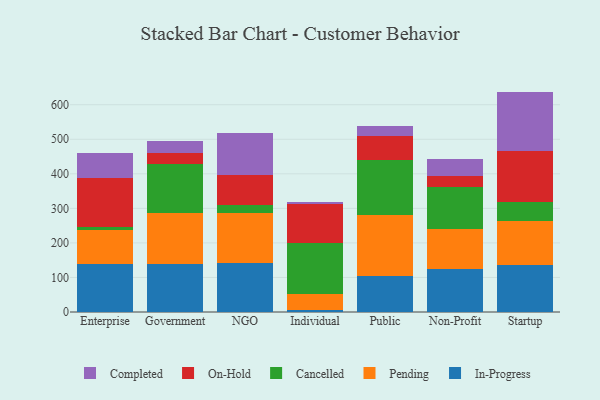
{"axis": {"x": "Segment", "y": "Production Output"}, "legend": ["Cancelled", "Completed", "In-Progress", "On-Hold", "Pending"], "data": [{"x": "Enterprise", "y": 139.3, "type": "In-Progress"}, {"x": "Enterprise", "y": 97.2, "type": "Pending"}, {"x": "Enterprise", "y": 10.2, "type": "Cancelled"}, {"x": "Enterprise", "y": 142.2, "type": "On-Hold"}, {"x": "Enterprise", "y": 71.3, "type": "Completed"}, {"x": "Government", "y": 138.5, "type": "In-Progress"}, {"x": "Government", "y": 148.9, "type": "Pending"}, {"x": "Government", "y": 140.6, "type": "Cancelled"}, {"x": "Government", "y": 32.8, "type": "On-Hold"}, {"x": "Government", "y": 34.3, "type": "Completed"}, {"x": "NGO", "y": 143.0, "type": "In-Progress"}, {"x": "NGO", "y": 143.7, "type": "Pending"}, {"x": "NGO", "y": 21.9, "type": "Cancelled"}, {"x": "NGO", "y": 89.1, "type": "On-Hold"}, {"x": "NGO", "y": 120.2, "type": "Completed"}, {"x": "Individual", "y": 5.7, "type": "In-Progress"}, {"x": "Individual", "y": 47.7, "type": "Pending"}, {"x": "Individual", "y": 146.4, "type": "Cancelled"}, {"x": "Individual", "y": 112.2, "type": "On-Hold"}, {"x": "Individual", "y": 6.8, "type": "Completed"}, {"x": "Public", "y": 103.6, "type": "In-Progress"}, {"x": "Public", "y": 178.6, "type": "Pending"}, {"x": "Public", "y": 158.5, "type": "Cancelled"}, {"x": "Public", "y": 69.6, "type": "On-Hold"}, {"x": "Public", "y": 27.5, "type": "Completed"}, {"x": "Non-Profit", "y": 123.1, "type": "In-Progress"}, {"x": "Non-Profit", "y": 116.3, "type": "Pending"}, {"x": "Non-Profit", "y": 123.6, "type": "Cancelled"}, {"x": "Non-Profit", "y": 31.3, "type": "On-Hold"}, {"x": "Non-Profit", "y": 48.7, "type": "Completed"}, {"x": "Startup", "y": 135.9, "type": "In-Progress"}, {"x": "Startup", "y": 128.9, "type": "Pending"}, {"x": "Startup", "y": 53.0, "type": "Cancelled"}, {"x": "Startup", "y": 148.9, "type": "On-Hold"}, {"x": "Startup", "y": 171.3, "type": "Completed"}]}